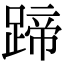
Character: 蹄